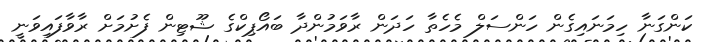
ކަންގަނާ ހިމަނައިގެން ހަންސަލް މެހެތާ ހަދަން ރާވަމުންދާ ބައޯޕިކްގެ ޝޫޓިން ފެށުމަށް ރާވާފައިވަނީ